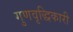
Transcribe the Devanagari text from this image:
गुणवृद्धिकारी